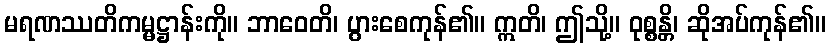
မရဏဿတိကမ္မဋ္ဌာန်းကို။ ဘာဝေတိ၊ ပွားစေကုန်၏။ ဣတိ၊ ဤသို့။ ဝုစ္စန္တိ၊ ဆိုအပ်ကုန်၏။